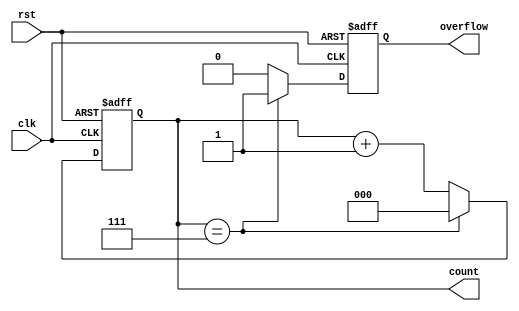
module divide_by_n_counter #(
    parameter N = 8 // Parameter N defines the count limit (0 to N-1)
) (
    input wire clk,      // Clock input
    input wire rst,      // Asynchronous reset
    output reg [clog2(N)-1:0] count, // Current count output
    output reg overflow  // Overflow signal
);

    // Function to calculate log2 of N
    function integer clog2;
        input integer value;
        begin
            value = value - 1;
            for (clog2 = 0; value > 0; clog2 = clog2 + 1)
                value = value >> 1;
        end
    endfunction

    // Always block for counter operation
    always @(posedge clk or posedge rst) begin
        if (rst) begin
            count <= 0;       // Reset the count to 0
            overflow <= 0;    // Clear the overflow signal
        end else begin
            if (count == (N-1)) begin
                count <= 0;   // Reset count to 0 when it reaches N
                overflow <= 1; // Assert overflow signal
            end else begin
                count <= count + 1; // Increment count
                overflow <= 0; // Clear overflow signal
            end
        end
    end

endmodule